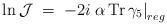
LaTeX: \begin{align*}\ln {\mathcal J} \;=\; - 2 i \left.\alpha \, {\rm Tr}\,\gamma_5 \right|_{reg}\end{align*}